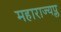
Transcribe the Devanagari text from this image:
महाराज्यप्ल